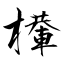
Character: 檋